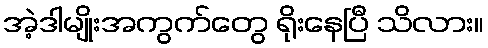
အဲ့ဒါမျိုးအကွက်တွေ ရိုးနေပြီ သိလား။